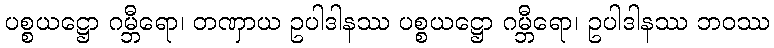
ပစ္စယဋ္ဌော ဂမ္ဘီရော၊ တဏှာယ ဥပါဒါနဿ ပစ္စယဋ္ဌော ဂမ္ဘီရော၊ ဥပါဒါနဿ ဘဝဿ